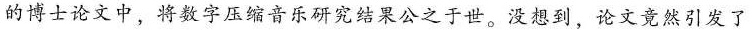
的博士论文中，将数字压缩音乐研究结果公之于世。没想到，论文竟然引发了